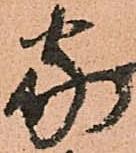
家